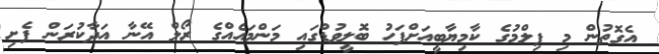
އެގޮތުން މި ފިލްމުގެ ކާމިޔާބީއަށްފަހު ބޮލީވުޑްގައި މަންމައެއްގެ ރޯލް އޭނާ އަދާކުރަން ފެށި